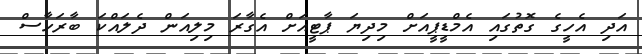
އަދި އެހީގެ ގޮތުގައި އެމްޑީޕީއަށް މިދިޔަ ޕާޓީއަށް އެގާރަ މިލިއަން ދެލައްކަ ބާރަހާސް